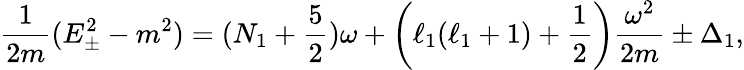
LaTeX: {\frac{1}{2m}}(E_{\pm}^{2}-m^{2})=(N_{1}+{\frac{5}{2}})\omega+\left(\ell_{1}(\ell_{1}+1)+{\frac{1}{2}}\right){\frac{\omega^{2}}{2m}}\pm\Delta_{1},